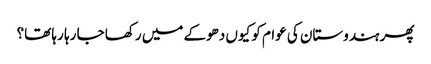
پھر ہندوستان کی عوام کو کیوں دھوکے میں رکھا جا رہا رہا تھا؟